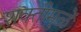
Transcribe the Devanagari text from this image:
शक्तीमुळें